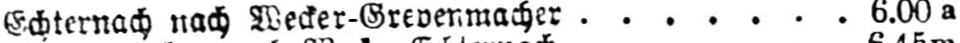
Echternach nach Wecker-Grevenmacher ....... 6.00a